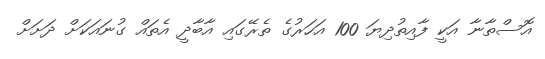
އޮސްތާނާ އަކީ ފާއިތުދިޔަ 100 އަހަރުގެ ތެރޭގައި އާބާދީ އެތައް ގުނައަކަށް ދަށަށް